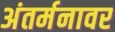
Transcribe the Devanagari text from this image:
अंतर्मनावर